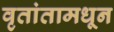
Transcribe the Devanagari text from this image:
वृतांतामधून